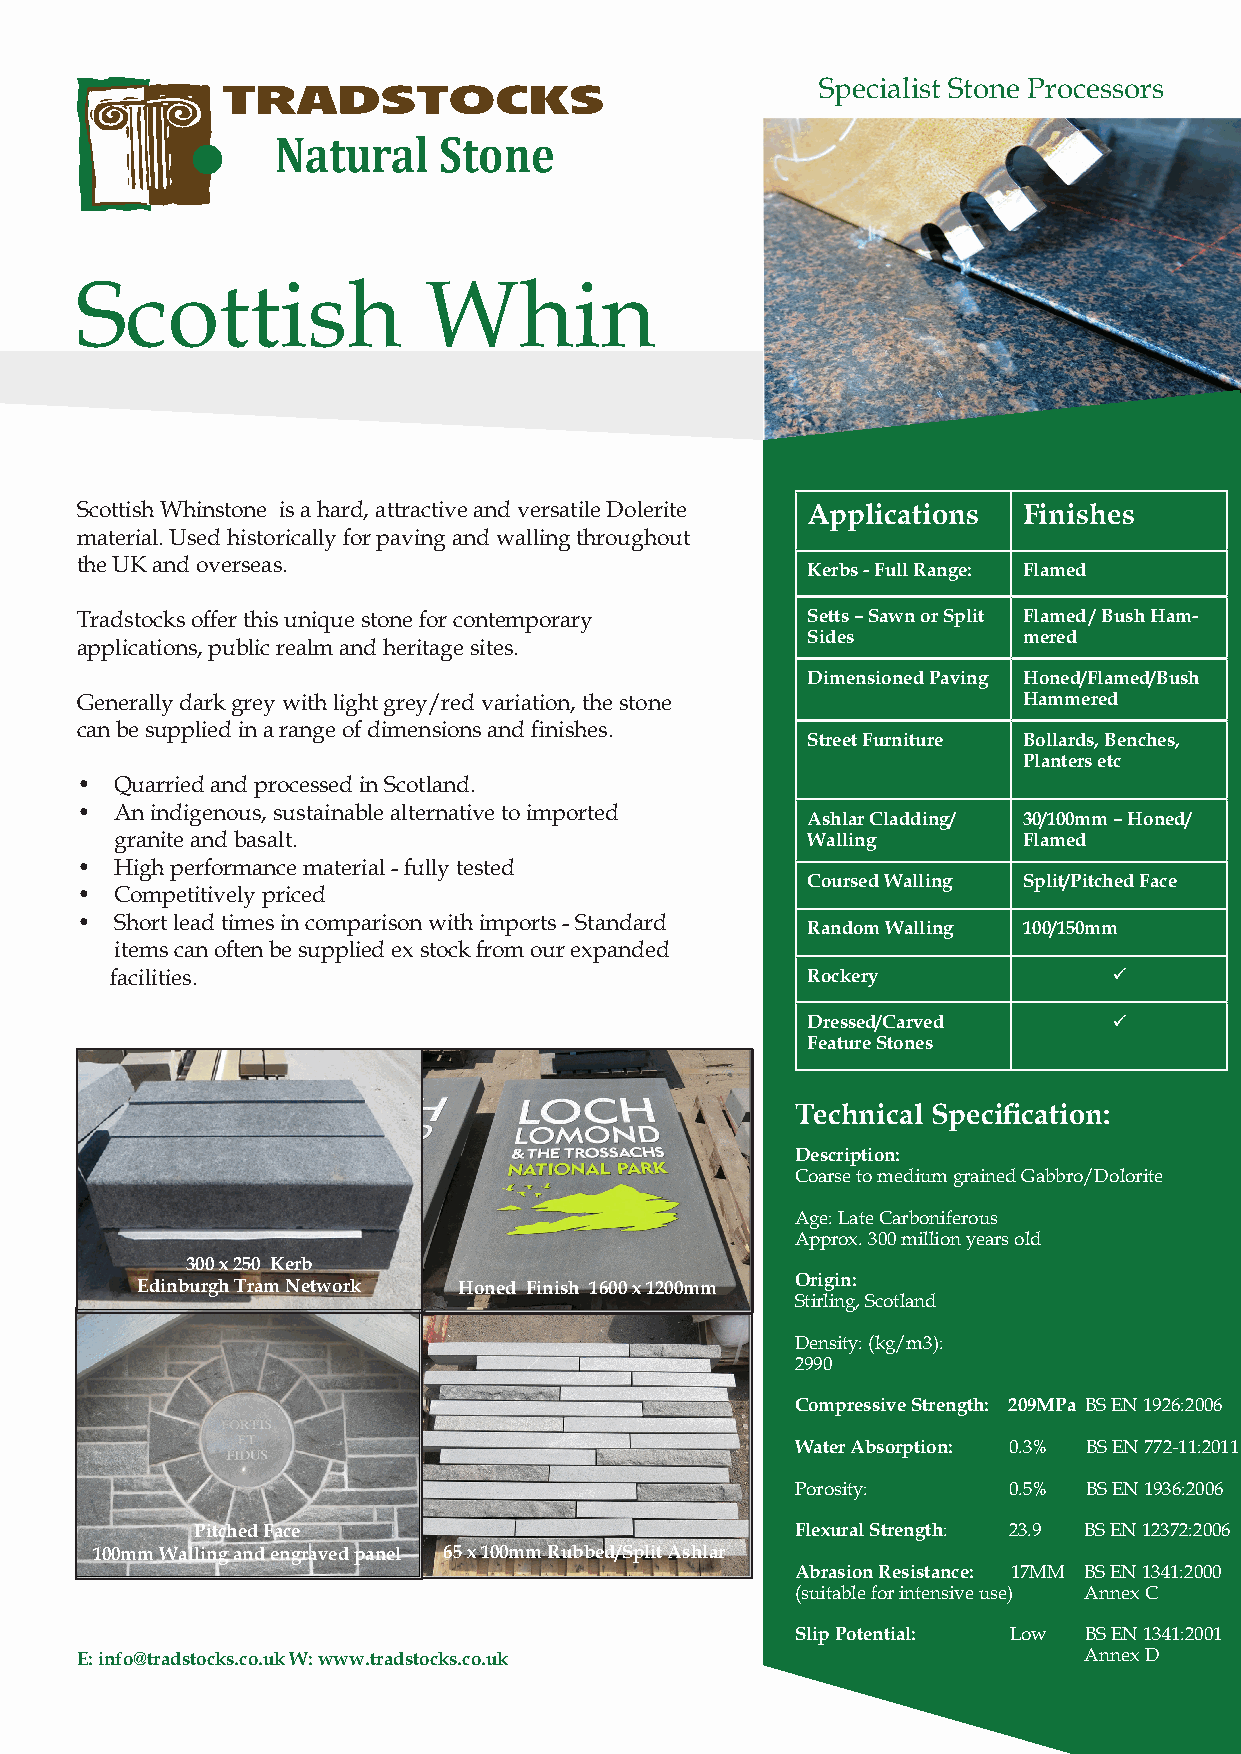
Specialist Stone Processors
 Natural    Stone
 Scottish               Whin
 Scottish Whinstone is a hard, attractive and versatile Dolerite Applications Finishes
 material. Used historically for paving and walling throughout
 the UK and overseas.
 Kerbs - Full Range: Flamed
 Tradstocks offer this unique stone for contemporary Setts – Sawn or Split Flamed / Bush Ham-
 Sides          mered
 applications, public realm and heritage sites.
 Dimensioned Paving Honed/Flamed/Bush
 Generally dark grey with light grey/red variation, the stone   Hammered
 can be supplied in a range of dimensions and finishes.
 Street Furniture Bollards, Benches,
 Planters etc
 •  Quarried and processed in Scotland.
 •  An indigenous, sustainable alternative to imported
 Ashlar Cladding/ 30/100mm – Honed/
 granite and basalt.                          Walling        Flamed
 •  High performance material - fully tested
 Coursed Walling Split/Pitched Face
 •  Competitively priced
 •  Short lead times in comparison with imports - Standard
 Random Walling 100/150mm
 items can often be supplied ex stock from our expanded
 facilities.                                   Rockery              
 Dressed/Carved       
 Feature Stones
 Technical Specification:
 Description:
 Coarse to medium grained Gabbro/Dolorite
 Age: Late Carboniferous
 Approx. 300 million years old
 300 x 250 Kerb
 Edinburgh Tram Network Honed Finish 1600 x 1200mm Origin:
 Stirling, Scotland
 Density: (kg/m3):
 2990
 Compressive Strength: 209MPa BS EN 1926:2006
 Water Absorption: 0.3% BS EN 772-11:2011
 Porosity:     0.5% BS EN 1936:2006
 Pitched Face                            Flexural Strength: 23.9 BS EN 12372:2006
 100mm Walling and engraved panel 65 x 100mm Rubbed/Split Ashlar
 Abrasion Resistance: 17MM BS EN 1341:2000
 (suitable for intensive use) Annex C
 Slip Potential: Low BS EN 1341:2001
 E: info@tradstocks.co.uk W: www.tradstocks.co.uk                   Annex D